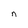
Character: n